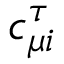
c _ { \mu i } ^ { \tau }